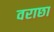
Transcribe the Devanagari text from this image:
वराछा